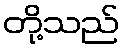
တို့သည်